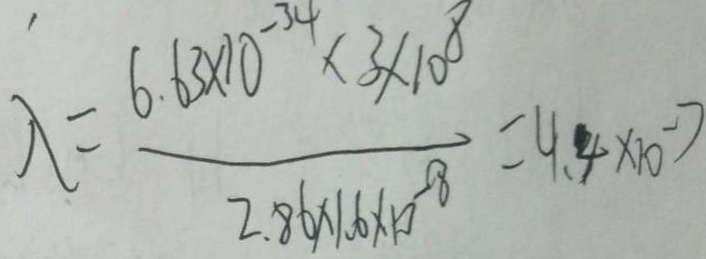
\lambda = \frac { 6 . 6 3 \times 1 0 ^ { - 3 4 } \times 3 \times 1 0 ^ { 8 } } { 2 . 8 6 \times 1 . 6 \times 1 0 ^ { - 8 } } = 4 . 4 \times 1 0 ^ { - 7 }